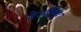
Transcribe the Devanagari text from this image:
देऊसिंह